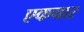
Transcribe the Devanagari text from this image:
एकचार